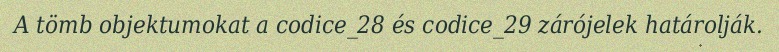
A tömb objektumokat a codice_28 és codice_29 zárójelek határolják.